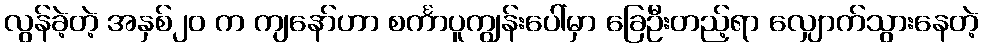
လွန်ခဲ့တဲ့ အနှစ်၂၀ က ကျနော်ဟာ စင်္ကာပူကျွန်းပေါ်မှာ ခြေဦးတည့်ရာ လျှောက်သွားနေတဲ့